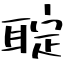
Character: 聢